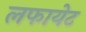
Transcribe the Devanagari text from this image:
लफायेट